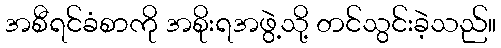
အစီရင်ခံစာကို အစိုးရအဖွဲ့သို့ တင်သွင်းခဲ့သည်။